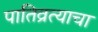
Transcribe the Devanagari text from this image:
पातिव्रत्याचा